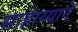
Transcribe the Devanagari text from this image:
साहाय्यानें